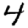
Digit: 4